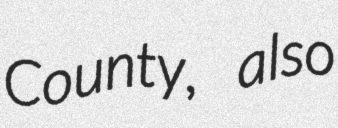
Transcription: County, also